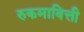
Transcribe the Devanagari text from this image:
रुकमावित्ती